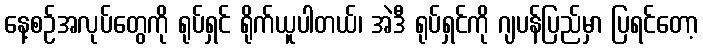
နေ့စဉ်အလုပ်တွေကို ရုပ်ရှင် ရိုက်ယူပါတယ်၊ အဲဒီ ရုပ်ရှင်ကို ဂျပန်ပြည်မှာ ပြရင်တော့